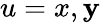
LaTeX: u=x,\mathbf{y}